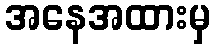
အနေအထားမှ